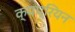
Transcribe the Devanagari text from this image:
क्यप्रियन